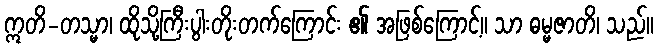
ဣတိ-တသ္မာ၊ ထိုသို့ကြီးပွါးတိုးတက်ကြောင်း ၏ အဖြစ်ကြောင့်။ သာ ဓမ္မဇာတိ၊ သည်။